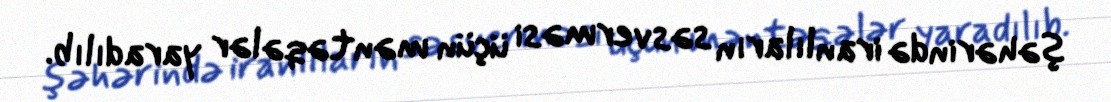
şəhərində iranlıların səsverməsi üçün məntəqələr yaradılıb.